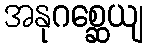
အနုဂစ္ဆေယျ